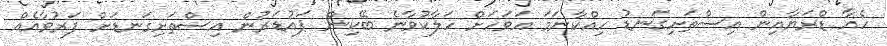
ހެއާ ޑްރަޔާއިން އިސްތަށިގަނޑު ހިއްކާނަމަ އަވަހަށް ހަލާކުވާނެ ބޭކިން ޕައުޑަރުން އިސްތަށިގަނޑަށް ފަރުވާއެއް